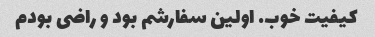
کیفیت خوب. اولین سفارشم بود و راضی بودم